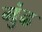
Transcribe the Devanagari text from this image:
मुंढ